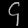
Digit: ၄